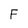
Character: F